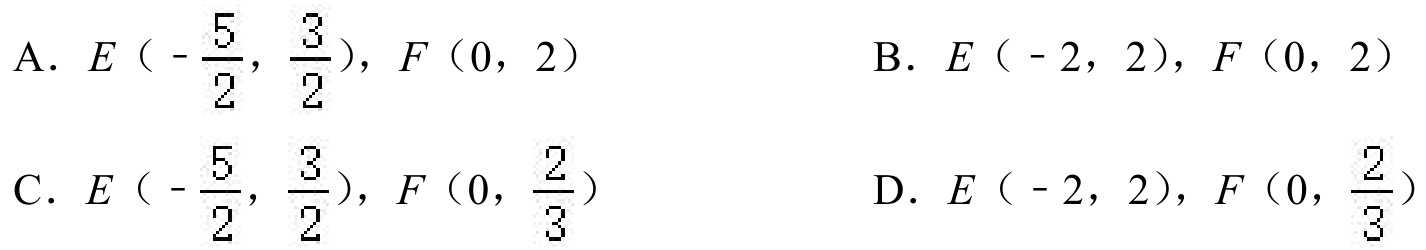
A. \(E\left(-\frac{5}{2},\frac{3}{2}\right),F(0,2)\)  \hspace{2em} B. \(E(-2,2),F(0,2)\)
C. \(E\left(-\frac{5}{2},\frac{3}{2}\right),F\left(0,\frac{2}{3}\right)\)  \hspace{2em} D. \(E(-2,2),F\left(0,\frac{2}{3}\right)\)